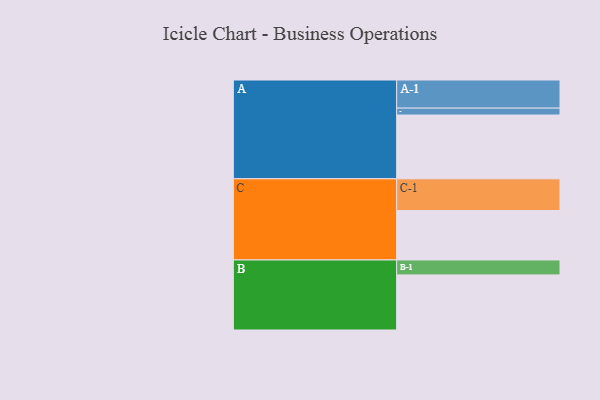
{"axis": {"x": "Segment", "y": "Value"}, "legend": ["", "A", "B", "C"], "data": [{"x": "A", "y": 499, "type": ""}, {"x": "B", "y": 431, "type": ""}, {"x": "C", "y": 387, "type": ""}, {"x": "A-1", "y": 220, "type": "A"}, {"x": "A-2", "y": 54, "type": "A"}, {"x": "B-1", "y": 117, "type": "B"}, {"x": "C-1", "y": 248, "type": "C"}]}